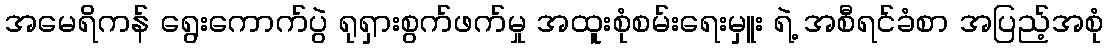
အမေရိကန် ရွေးကောက်ပွဲ ရုရှားစွက်ဖက်မှု အထူးစုံစမ်းရေးမှူး ရဲ့ အစီရင်ခံစာ အပြည့်အစုံ